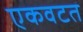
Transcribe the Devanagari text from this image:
एकवटत